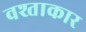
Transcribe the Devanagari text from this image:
वश्ताकार